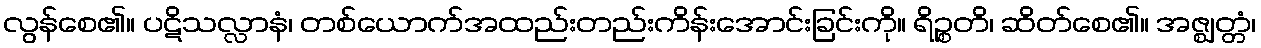
လွန်စေ၏။ ပဋိသလ္လာနံ၊ တစ်ယောက်အထည်းတည်းကိန်းအောင်းခြင်းကို။ ရိဉ္စတိ၊ ဆိတ်စေ၏။ အဇ္ဈတ္တံ၊